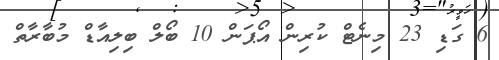
6 ގަޑި 23 މިނެޓް ކުރިން އޯޕަން 10 ބޯލް ބިލިއާޑް މުބާރާތް